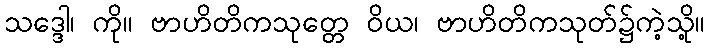
သဒ္ဒေါ၊ ကို။ ဗာဟိတိကသုတ္တေ ဝိယ၊ ဗာဟိတိကသုတ်၌ကဲ့သို့။